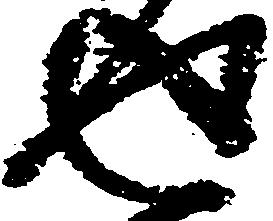
返